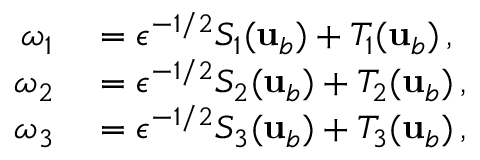
\begin{array} { r l } { \omega _ { 1 } } & { { } = \epsilon ^ { - 1 / 2 } S _ { 1 } ( { \mathbf { u } } _ { b } ) + T _ { 1 } ( { \mathbf { u } } _ { b } ) \, , } \\ { \omega _ { 2 } } & { { } = \epsilon ^ { - 1 / 2 } S _ { 2 } ( { \mathbf { u } } _ { b } ) + T _ { 2 } ( { \mathbf { u } } _ { b } ) \, , } \\ { \omega _ { 3 } } & { { } = \epsilon ^ { - 1 / 2 } S _ { 3 } ( { \mathbf { u } } _ { b } ) + T _ { 3 } ( { \mathbf { u } } _ { b } ) \, , } \end{array}